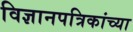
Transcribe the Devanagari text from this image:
विज्ञानपत्रिकांच्या